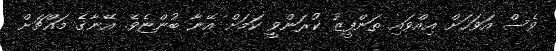
ވެސް އަވަހަށް އިއްވައި ތަންފީޒު ކުރަންވީ ކަމަށް އޭނާ ބުންޏެވެ. އޭނާގެ މައްޗަށް